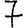
Digit: 7